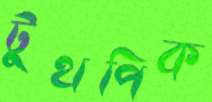
টুথপিক